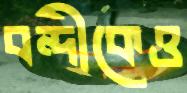
বন্দীকেও